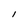
Character: l